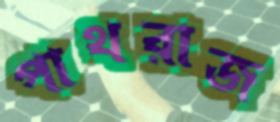
পাথরাজ